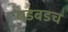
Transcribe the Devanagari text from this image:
गडबडच